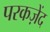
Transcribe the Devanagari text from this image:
परकज़ेंद